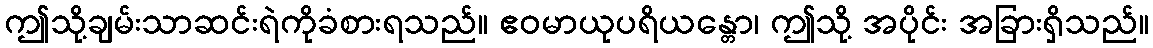
ဤသို့ချမ်းသာဆင်းရဲကိုခံစားရသည်။ ဧဝမာယုပရိယန္တော၊ ဤသို့ အပိုင်း အခြားရှိသည်။